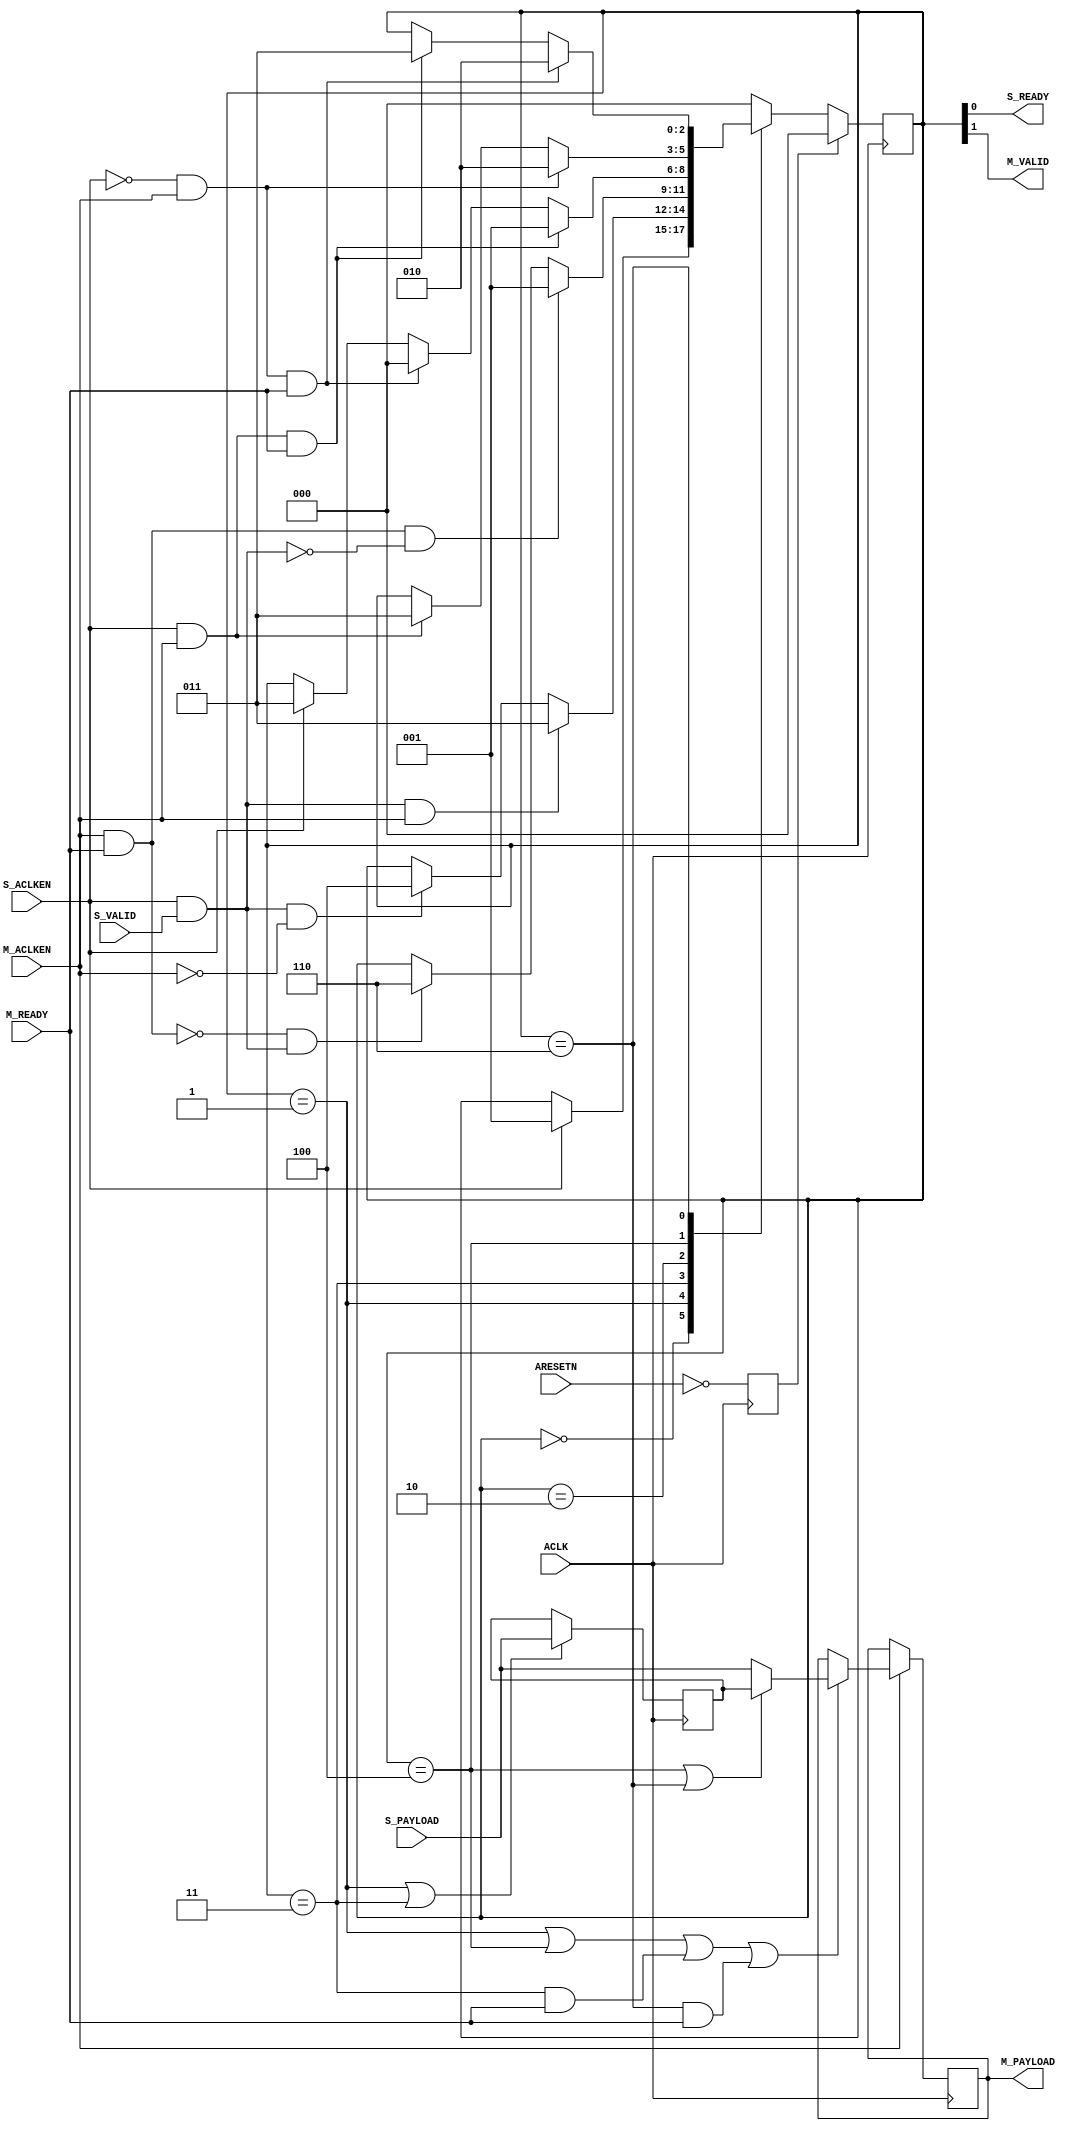
module axis_infrastructure_v1_1_util_aclken_converter # (
  parameter integer C_PAYLOAD_WIDTH       = 32,
  parameter integer C_S_ACLKEN_CAN_TOGGLE = 1,
  parameter integer C_M_ACLKEN_CAN_TOGGLE = 1
  )
 (
  input  wire                        ACLK,
  input  wire                        ARESETN,
  input  wire                        S_ACLKEN,
  input  wire [C_PAYLOAD_WIDTH-1:0]  S_PAYLOAD,
  input  wire                        S_VALID,
  output wire                        S_READY,
  input  wire                        M_ACLKEN,
  output wire [C_PAYLOAD_WIDTH-1:0]  M_PAYLOAD,
  output wire                        M_VALID,
  input  wire                        M_READY
);
localparam SM_NOT_READY    = 3'b000;
localparam SM_EMPTY        = 3'b001;
localparam SM_R0_NOT_READY = 3'b010;
localparam SM_R0           = 3'b011;
localparam SM_R1           = 3'b100;
localparam SM_FULL         = 3'b110;
wire s_aclken_i;
wire m_aclken_i;
reg  areset;
reg [2:0] state;
reg [C_PAYLOAD_WIDTH-1:0] r0;
wire                      load_r0;
wire                      load_r0_from_r1;
reg [C_PAYLOAD_WIDTH-1:0] r1;
wire                      load_r1;
assign s_aclken_i = C_S_ACLKEN_CAN_TOGGLE ? S_ACLKEN : 1'b1;
assign m_aclken_i = C_M_ACLKEN_CAN_TOGGLE ? M_ACLKEN : 1'b1;
always @(posedge ACLK) begin 
  areset <= ~ARESETN;
end
assign S_READY = state[0];
assign M_VALID = state[1];
always @(posedge ACLK) begin 
  if (areset) begin
    state <= SM_NOT_READY;
  end
  else begin 
    case (state)
      SM_NOT_READY: begin
        if (s_aclken_i) begin
          state <= SM_EMPTY;
        end
        else begin
          state <= state;
        end
      end
      SM_EMPTY: begin
        if (s_aclken_i & S_VALID & m_aclken_i) begin
          state <= SM_R0;
        end
        else if (s_aclken_i & S_VALID & ~m_aclken_i) begin
          state <= SM_R1;
        end
        else begin 
          state <= state;
        end
      end
      SM_R0: begin
        if ((m_aclken_i & M_READY) & ~(s_aclken_i & S_VALID)) begin
          state <= SM_EMPTY;
        end
        else if (~(m_aclken_i & M_READY) & (s_aclken_i & S_VALID)) begin
          state <= SM_FULL;
        end
        else begin 
          state <= state;
        end
      end
      SM_R0_NOT_READY: begin
        if (s_aclken_i & m_aclken_i & M_READY) begin
          state <= SM_EMPTY;
        end
        else if (~s_aclken_i & m_aclken_i & M_READY) begin
          state <= SM_NOT_READY;
        end
        else if (s_aclken_i) begin
          state <= SM_R0;
        end
        else begin 
          state <= state;
        end
      end
      SM_R1: begin
        if (~s_aclken_i & m_aclken_i) begin
          state <= SM_R0_NOT_READY;
        end
        else if (s_aclken_i & m_aclken_i) begin 
          state <= SM_R0;
        end
        else begin 
          state <= state;
        end
      end
      SM_FULL: begin
        if (~s_aclken_i & m_aclken_i & M_READY) begin
          state <= SM_R0_NOT_READY;
        end
        else if (s_aclken_i & m_aclken_i & M_READY) begin 
          state <= SM_R0;
        end
        else begin 
          state <= state;
        end
      end
      default: begin
        state <= SM_NOT_READY;
      end
    endcase
  end
end
assign M_PAYLOAD = r0;
always @(posedge ACLK) begin
  if (m_aclken_i) begin 
    r0 <= ~load_r0 ? r0 :
          load_r0_from_r1 ? r1 :
          S_PAYLOAD ;
  end
end
assign load_r0 = (state == SM_EMPTY) 
                 | (state == SM_R1) 
                 | ((state == SM_R0) & M_READY)
                 | ((state == SM_FULL) & M_READY);
assign load_r0_from_r1 = (state == SM_R1) | (state == SM_FULL);
always @(posedge ACLK) begin
  r1 <= ~load_r1 ? r1 : S_PAYLOAD;
end
assign load_r1 = (state == SM_EMPTY) | (state == SM_R0);
endmodule